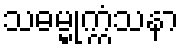
သဓမ္မုက္ကံသနာ